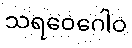
သရဝေဂေါဝ